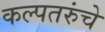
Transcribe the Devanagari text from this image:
कल्पतरुंचे